Report on the working of the Ranchi Indian Mental Hospital, Kanke, in Bihar and Orissa - 1930-1940
Year: 1930
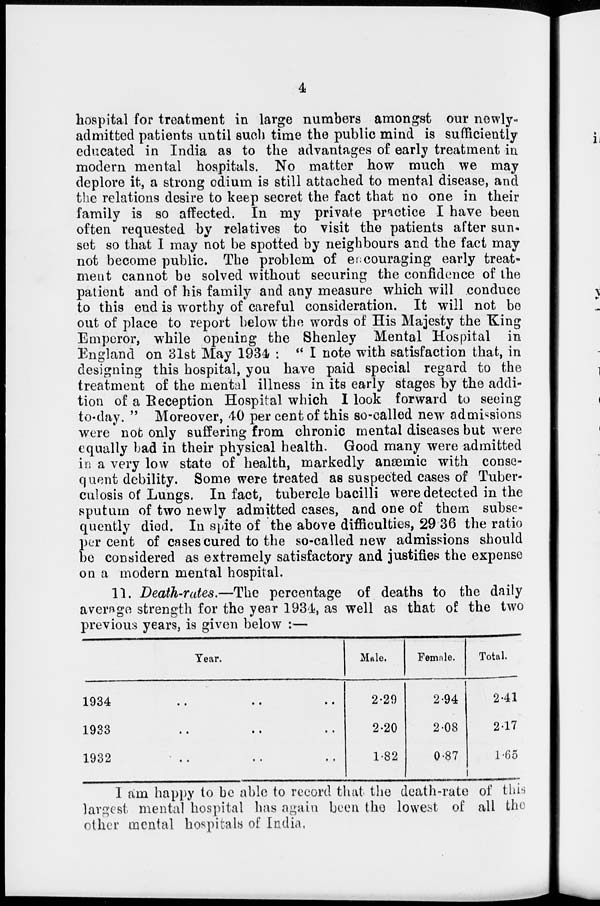
4
hospital for treatment in large numbers amongst our newly-
admitted patients until such time the public mind is sufficiently
educated in India as to the advantages of early treatment in
modern mental hospitals. No matter how much we may
deplore it, a strong odium is still attached to mental disease, and
the relations desire to keep secret the fact that no one in their
family is so affected. In my private practice I have been
often requested by relatives to visit the patients after sun¬
set so that I may not be spotted by neighbours and the fact may
not become public. The problem of encouraging early treat-
ment cannot be solved without securing the confidence of the
patient and of his family and any measure which will conduce
to this end is worthy of careful consideration. It will not be
out of place to report below the words of His Majesty the King
Emperor, while opening the Shenley Mental Hospital in
England on 31st May 1934 : " I note with satisfaction that, in
designing this hospital, you have paid special regard to the
treatment of the mental illness in its early stages by the addi-
tion of a Reception Hospital which I look forward to seeing
to-day. " Moreover, 40 per cent of this so-called new admissions
were not only suffering from chronic mental diseases but were
equally bad in their physical health. Good many were admitted
in a very low state of health, markedly anæmic with conse-
quent debility. Some were treated as suspected cases of Tuber-
culosis of Lungs. In fact, tubercle bacilli were detected in the
sputum of two newly admitted cases, and one of them subse-
quently died. In spite of the above difficulties, 29.36 the ratio
per cent of cases cured to the so-called new admissions should
be considered as extremely satisfactory and justifies the expense
on a modern mental hospital.
11. Death-rates.—The percentage of deaths to the daily
average strength for the year 1934, as well as that of the two
previous years, is given below :—
Tear.
1934
..
..
..
1933
..
..
..
1932
..
..
..
Male.
2.29
2.20
1.82
Female.
2.94
2.08
0.87
Total.
2.41
2.17
1.65
I am happy to be able to record that the death-rate of this
largest mental hospital has again been the lowest of all the
other mental hospitals of India,